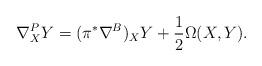
LaTeX: \begin{align*} \nabla_X^PY=(\pi^*\nabla^B)_XY+\frac{1}{2}\Omega(X,Y).\end{align*}